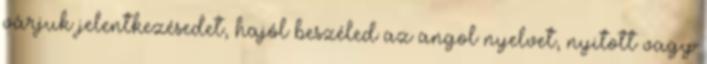
várjuk jelentkezésedet, hajól beszéled az angol nyelvet, nyitott vagy